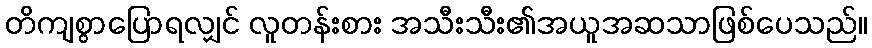
တိကျစွာပြောရလျှင် လူတန်းစား အသီးသီး၏အယူအဆသာဖြစ်ပေသည်။